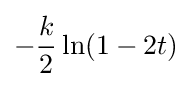
-{\frac {k}{2}}\ln(1-2t)